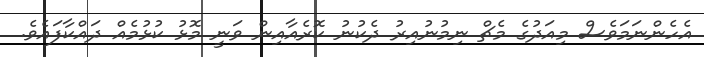
އެހެންނަމަވެސް މިއަދުގެ މެޗް ނިމުނުއިރު ދެކުނު ކޮރެއާއިން ވަނީ މޮޅު ކުޅުމެއް ދައްކާފައެވެ.